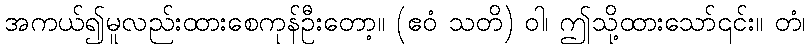
အကယ်၍မူလည်းထားစေကုန်ဦးတော့။ (ဧဝံ သတိ) ဝါ၊ ဤသို့ထားသော်၎င်း။ တံ၊